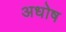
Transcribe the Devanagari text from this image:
अधोष